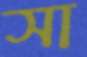
সা